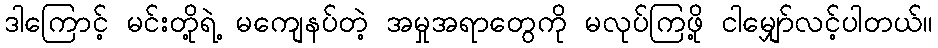
ဒါကြောင့် မင်းတို့ရဲ့ မကျေနပ်တဲ့ အမှုအရာတွေကို မလုပ်ကြဖို့ ငါမျှော်လင့်ပါတယ်။